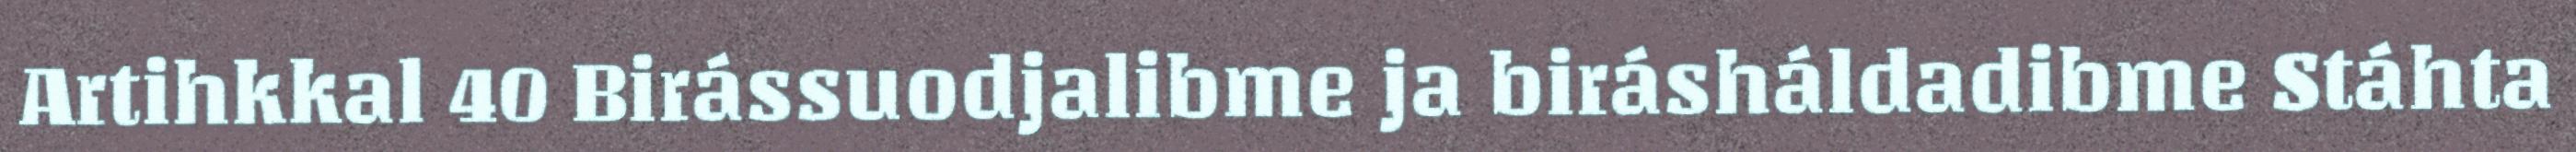
Artihkkal 40 Birássuodjalibme ja birásháldadibme Stáhta